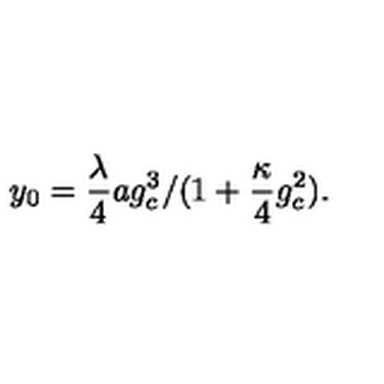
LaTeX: \: y _ { 0 } = \frac { \lambda } { 4 } a g _ { c } ^ { 3 } / ( 1 + \frac { \kappa } { 4 } g _ { c } ^ { 2 } ) . \: